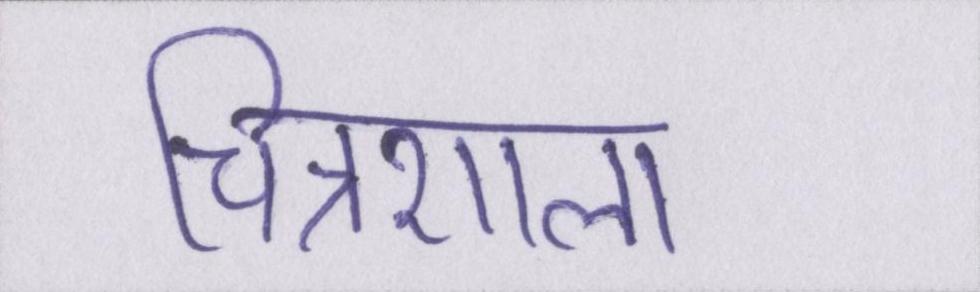
चित्रशाला